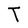
Character: T